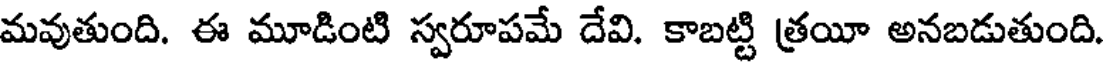
మవుతుంది. ఈ మూడింటి స్వరూపమే దేవి. కాబట్టి త్రయీ అనబడుతుంది.